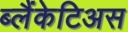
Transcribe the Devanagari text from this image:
ब्लैंकेटिअस